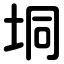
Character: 垌